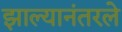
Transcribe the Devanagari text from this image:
झाल्यानंतरले